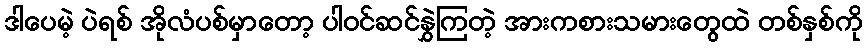
ဒါပေမဲ့ ပဲရစ် အိုလံပစ်မှာတော့ ပါဝင်ဆင်နွှဲကြတဲ့ အားကစားသမားတွေထဲ တစ်နှစ်ကို